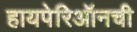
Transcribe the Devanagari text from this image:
हायपेरिऑनची